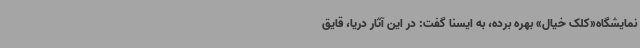
نمایشگاه«کلک خیال» بهره برده، به ایسنا گفت: در این آثار دریا، قایق